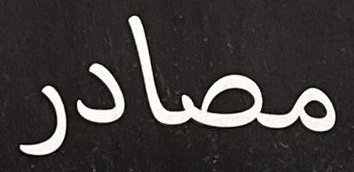
مصادر